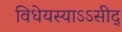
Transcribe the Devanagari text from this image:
विधेयस्याऽऽसीद्